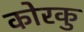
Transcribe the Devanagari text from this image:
कोरकु